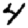
Digit: 4